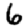
Digit: 6